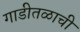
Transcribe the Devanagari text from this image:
गाडीतळाची